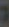
1